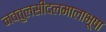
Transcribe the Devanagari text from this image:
नवतुलसीदलमालाभूषा